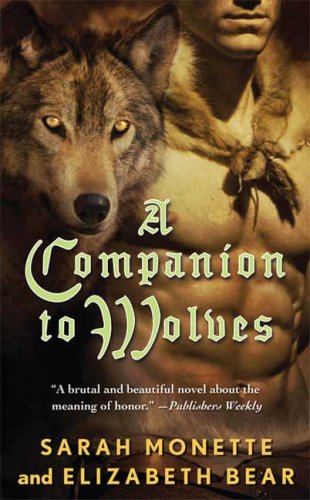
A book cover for A Companion to Wolves (Iskryne); Elizabeth Bear; Romance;